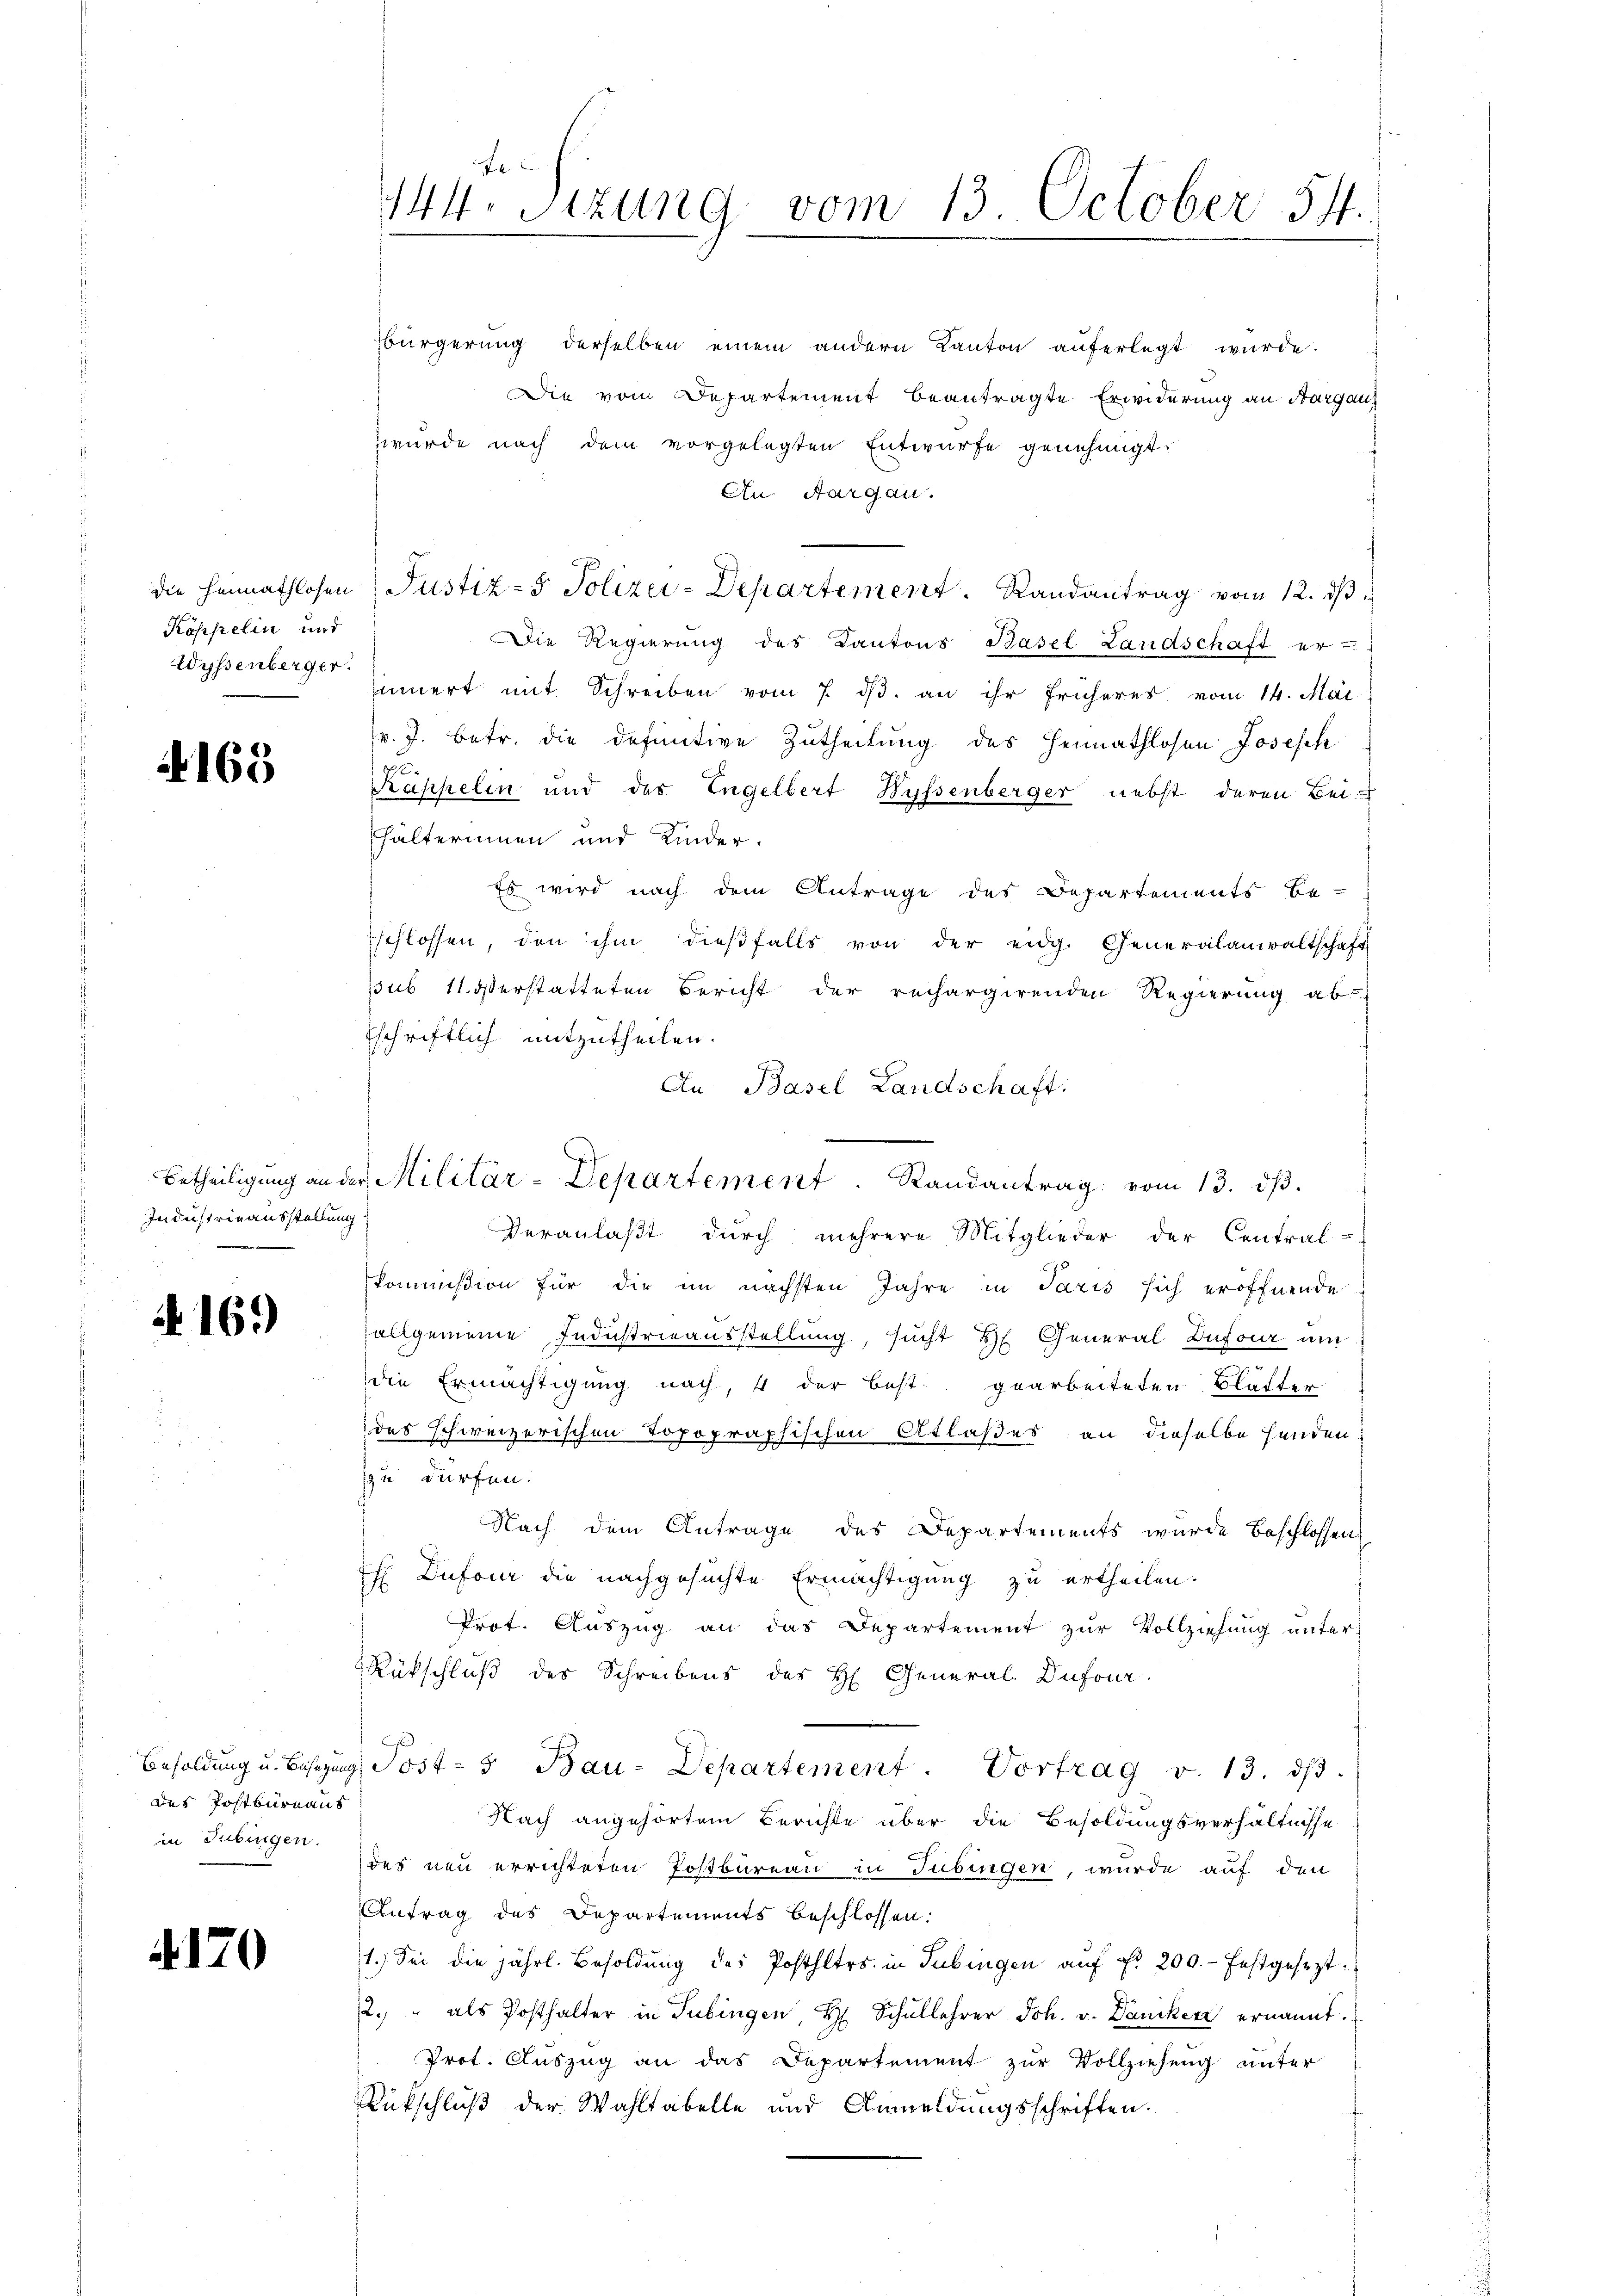
die Heimathlosen
Köppelin und
Wyssenberger.

165

Industrieausstellung
.

A 161)

Besoldung u. Besizung
des Postbureaus
in Tübingen.

4170

fe
144. Sitzung vom 13. October 5.

bürgerung derselben einem andern Kanton aŭferlegt würde.
Die vom Departement beantragte Erwiderung an Margau,
wurde nach dem vorgelegten Entwurfe genehmigt.
An Aargau.
Justiz- & Polizei-Departement. Randantrag vom 12. ds
Die Regierung des Kantons Basel Landschaft er-
iiert mit Schreiben vom 7. dβ. an ihr früheres vom 14. Mai
v. J. betr. die definitive Zutheilung des Heimathlosen Josesch
f
erappelin und des Engelbert Hyssenberger nebst deren Bei-
hälterinnen und Kinder.
Es wird nach dem Antrage des Departements be-
schlossen, den ihm dieβfalls von der eidg. Generalanwaltschaft
sub 11 erstatteten Bericht der rechargirenden Regierung ab
Eschriftlich mitzutheilen.
An Basel Landschaft:
Veranlaßt durch mehrere Mitglieder der Central-
kommißion für die im nächsten Jahre in Paris sich eröffnende
allgemeine Industrieausstellung, sucht Hr. General Dufour um
die Ermächtigung nach, 4 der best. gearbeiteten Blätter
des schweizerischen Topographischen Atlaßes an dieselbe henden.
zzu dürfen.
Nach dem Antrage des Departements wurde beschlossen,
 Dufour die nachgesuchte Ermächtigung zu ertheilen.
Prot. Auszug an das Departement zur Vollziehung unter
Rückschluß des Schreibens des H. General-Dufour.
Post- & Bau-Departement. Vortrag v. 13. dβ.
Nach angehörtem Berichte über die Besoldungsverhältnisse
des neu errichteten Postbureau in Tübingen, wurde auf den
Antrag des Departements beschlossen:
1.) Sei die jährl. Besoldŭng des Posthltrs. in Tübingen aŭf Fr. 200.- festgesezt.
2. " als Posthalter in Tübingen, H. Schullehrer Joh. v. Daniker ernannt.
Prot. Auszug an das Departement zur Vollziehung unter
Rückschluß der Wahltabelle und Anmeldungsschriften.

Betheiligung an der Militär-Departement. Randantrag vom 13. dβ.